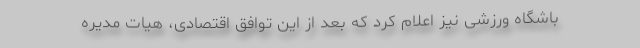
باشگاه ورزشی نیز اعلام کرد که بعد از این توافق اقتصادی، هیات مدیره